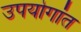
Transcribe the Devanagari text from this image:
उपयोगांत